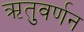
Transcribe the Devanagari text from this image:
ऋतुवर्णन